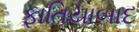
ફાતિયાબાદ